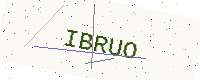
Text: IBRUO